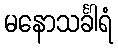
မနောသင်္ခါရံ